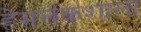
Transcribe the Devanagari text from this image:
हेमलकशाला